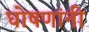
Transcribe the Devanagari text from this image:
घोषणांनी